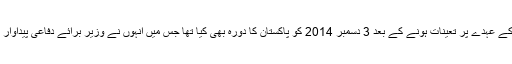
جنرل ری نے چیف آف جنرل اسٹاف کے عہدے پر تعینات ہونے کے بعد 3 دسمبر 2014 کو پاکستان کا دورہ بھی کیا تھا جس میں انہوں نے وزیر برائے دفاعی پیداوار رانا تنویر حسین سے ملاقات کی تھی۔